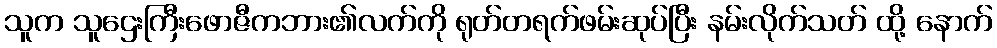
သူက သူဌေးကြီးဖောဇီကဘား၏လက်ကို ရုတ်တရက်ဖမ်းဆုပ်ပြီး နမ်းလိုက်သတ် ထို့ နောက်